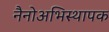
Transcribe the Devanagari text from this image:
नैनोअभिस्थापक